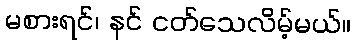
မစားရင်၊ နင် ငတ်သေလိမ့်မယ်။